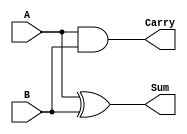
module half_adder (
    input wire A,    // First input bit
    input wire B,    // Second input bit
    output wire Sum, // Output representing the sum
    output wire Carry // Output representing the carry
);

// Assign the outputs based on the half-adder logic
assign Sum = A ^ B;    // Sum is A XOR B
assign Carry = A & B;  // Carry is A AND B

endmodule